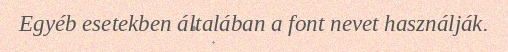
Egyéb esetekben általában a font nevet használják.